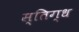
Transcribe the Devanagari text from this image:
स्तिग्ध